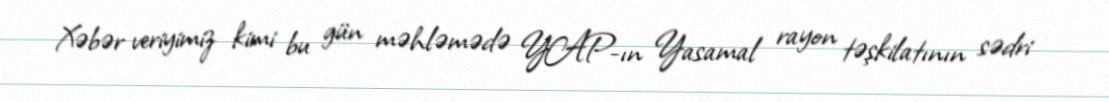
Xəbər veriyimiz kimi bu gün məhləmədə YAP-ın Yasamal rayon təşkilatının sədri